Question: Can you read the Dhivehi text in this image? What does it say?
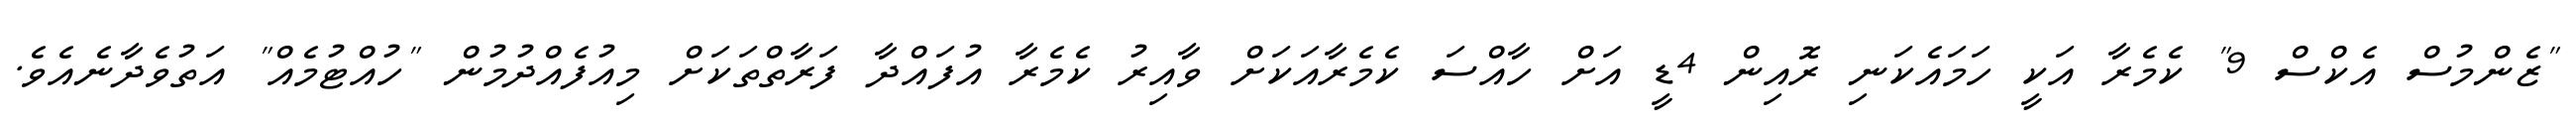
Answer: "ޒެންމުސް އެކްސް 9" ކެމެރާ އަކީ ހަމައެކަނި ރޮއިން 4ޑީ އަށް ހާއްސަ ކެމެރާއަކަށް ވާއިރު ކެމެރާ އުފައްދާ ފަރާތްތަކަށް މިއުފެއްދުމުން "ހުއްޓުމެއް" އަތުވެދާނެއެވެ.